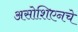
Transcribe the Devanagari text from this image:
असोशिएनचे